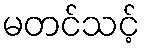
မတင်သင့်